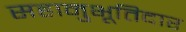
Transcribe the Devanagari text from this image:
सहानुभूतिदार